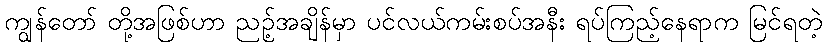
ကျွန်တော် တို့အဖြစ်ဟာ ညဉ့်အချိန်မှာ ပင်လယ်ကမ်းစပ်အနီး ရပ်ကြည့်နေရာက မြင်ရတဲ့